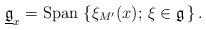
LaTeX: \begin{align*}\underline{\mathfrak{g}}_x={\rm Span\,}\left\{ \xi_{M'}(x);\, \xi\in\mathfrak{g}\, \right\}.\end{align*}